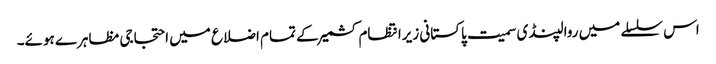
اس سلسلے میں روالپنڈی سمیت پاکستانی زیرانتظام کشمیر کے تمام اضلاع میں احتجاجی مظاہرے ہوئے۔